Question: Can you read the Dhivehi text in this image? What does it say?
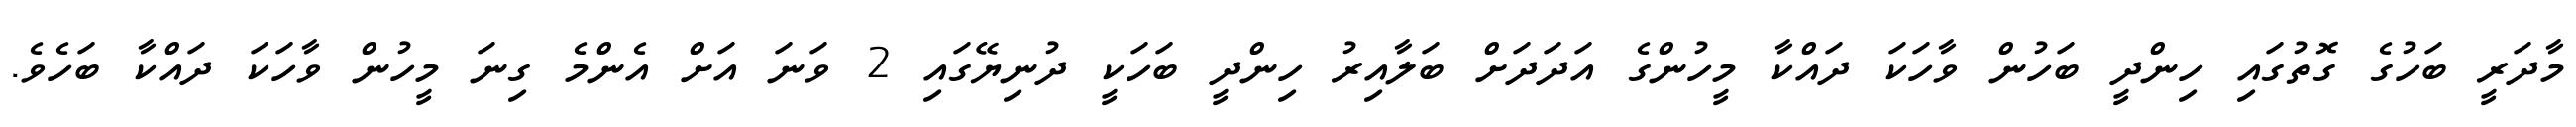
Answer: މާދަރީ ބަހުގެ ގޮތުގައި ހިންދީ ބަހުން ވާހަކަ ދައްކާ މީހުންގެ އަދަދަށް ބަލާއިރު ހިންދީ ބަހަކީ ދުނިޔޭގައި 2 ވަނަ އަށް އެންމެ ގިނަ މީހުން ވާހަކަ ދައްކާ ބަހެވެ.